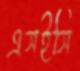
এসইসি